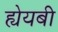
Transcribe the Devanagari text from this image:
ह्येयबी